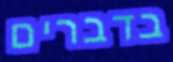
בדברים